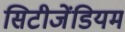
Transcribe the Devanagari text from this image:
सिटीजेंडियम